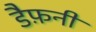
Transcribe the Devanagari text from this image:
डैफ़नी